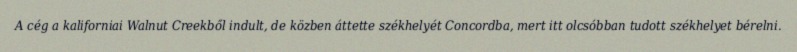
A cég a kaliforniai Walnut Creekből indult, de közben áttette székhelyét Concordba, mert itt olcsóbban tudott székhelyet bérelni.